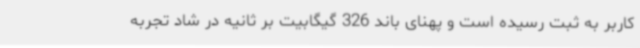
کاربر به ثبت رسیده است و پهنای باند 326 گیگابیت بر ثانیه در شاد تجربه‌